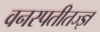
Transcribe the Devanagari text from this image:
वनस्पतीतज्‍ज्ञ